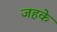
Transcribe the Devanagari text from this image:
जहके